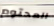
المحتوم